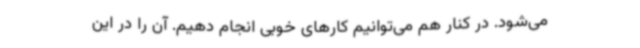
می‌شود. در کنار هم می‌توانیم کارهای خوبی انجام دهیم. آن را در این